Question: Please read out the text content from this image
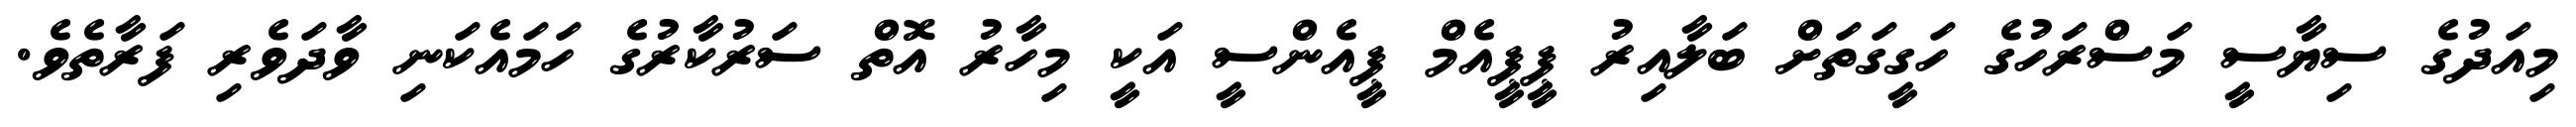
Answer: މިއަދުގެ ސިޔާސީ މަސްރަހުގެ ހަގީގަތަށް ބަލާއިރު ޕީޕީއެމް ޕީއެންސީ އަކީ މިހާރު އޮތް ސަރުކާރުގެ ހަމައެކަނި ވާދަވެރި ފަރާތެވެ.